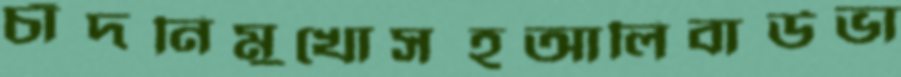
চাঁদনিমুখোসহআলিবার্ডভা